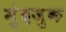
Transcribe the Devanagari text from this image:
मुंदजुक